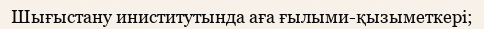
Шығыстану иниститутында аға ғылыми-қызыметкері;